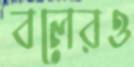
বলেরও